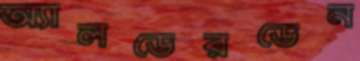
অ্যালডেরডেন